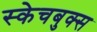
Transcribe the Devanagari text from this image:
स्केचबुक्स